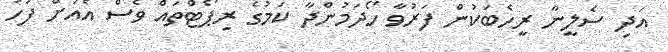
އަދި ސެލީނާ ރީހެބަކުން ފަރުވާ ހޯދަމުންދާ ކަމުގެ ރިޕޯޓްތައް ވެސް އެއަށް ފަހު